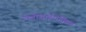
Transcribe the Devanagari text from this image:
लेवोथाईरोक्सिन